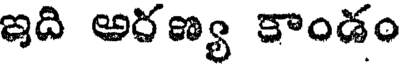
ఇది అరణ్య కాండం